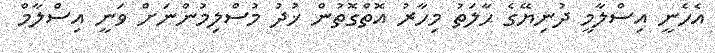
އެހެނީ އިސްލާމީ ދުނިޔޭގެ ޙާލަތު މިހާރު އޮތްގޮތުން ޚުދު މުސްލިމުންނަށް ވަނީ އިސްލާމް